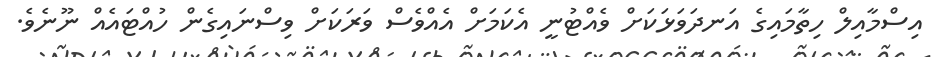
އިސްމާއިލް ހިތާމައިގެ އަނދަވަޅަކަށް ވެއްޓުނީ އެކަމަށް އެއްވެސް ވަރަކަށް ވިސްނައިގެން ހުއްޓައެއް ނޫނެވެ.